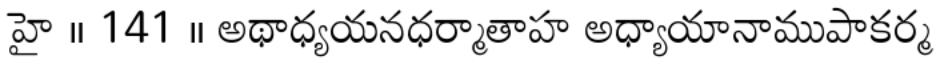
హై ॥ 141 ॥ అథాధ్యయనధర్మాతాహ అధ్యాయానాముపాకర్మ